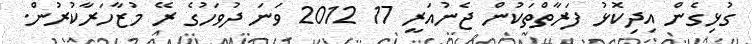
ގުޅިގެން އިދިކޮޅު ފަރާތްތަކުން ޖެނުއަރީ 17 2012 ވަނަ ދުވަހުގެ ރޭ މުޒާހަރާކުރުން.